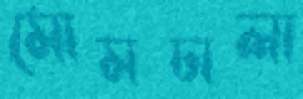
মোমঢালা